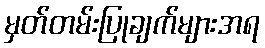
မှတ်တမ်းပြုချက်များအရ